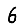
Digit: 6